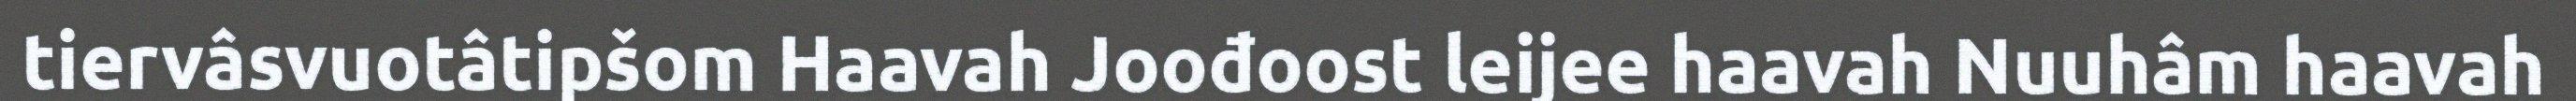
tiervâsvuotâtipšom Haavah Joođoost leijee haavah Nuuhâm haavah